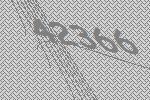
42366